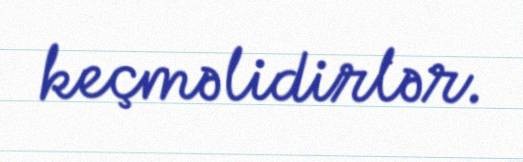
keçməlidirlər.